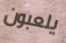
يلعبون